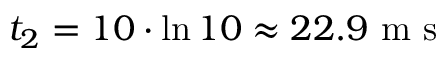
t _ { 2 } = 1 0 \cdot \ln 1 0 \approx 2 2 . 9 \mathrm { ~ m ~ s ~ }